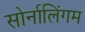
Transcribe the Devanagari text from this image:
सोर्नालिंगम